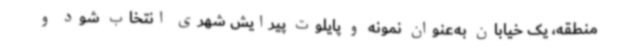
منطقه، یک خیابان به‌عنوان نمونه و پایلوت پیرایش شهری انتخاب شود و